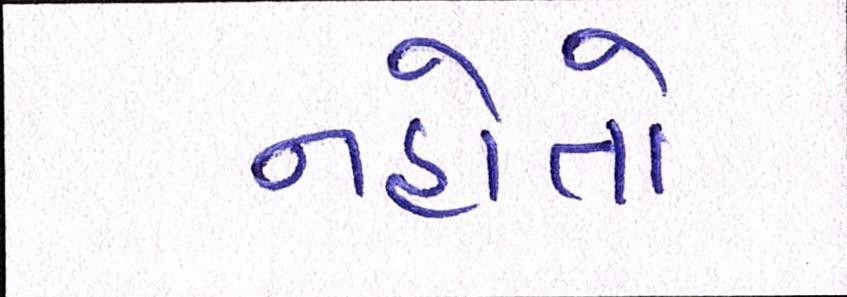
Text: નહોતો